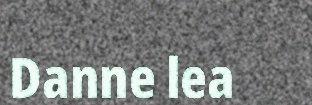
Danne lea